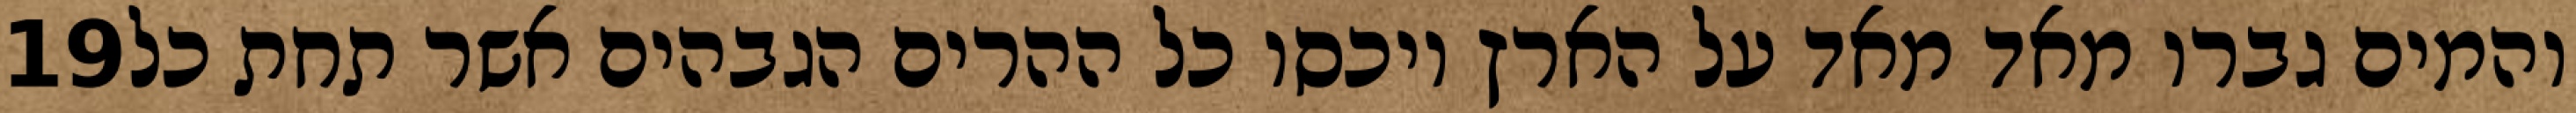
‎19‏ והמים גברו מאד מאד על הארץ ויכסו כל ההרים הגבהים אשר תחת כל